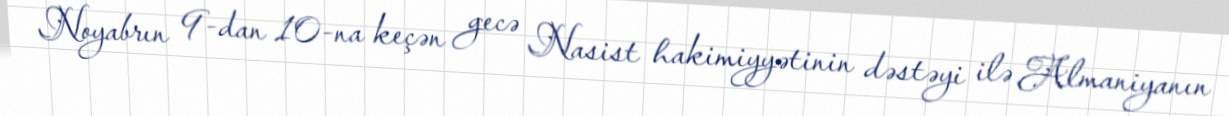
Noyabrın 9-dan 10-na keçən gecə Nasist hakimiyyətinin dəstəyi ilə Almaniyanın